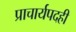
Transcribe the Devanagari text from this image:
प्राचार्यपदही